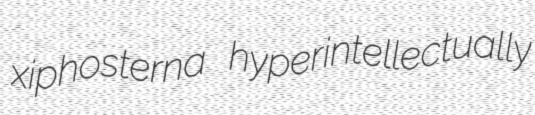
xiphosterna hyperintellectually